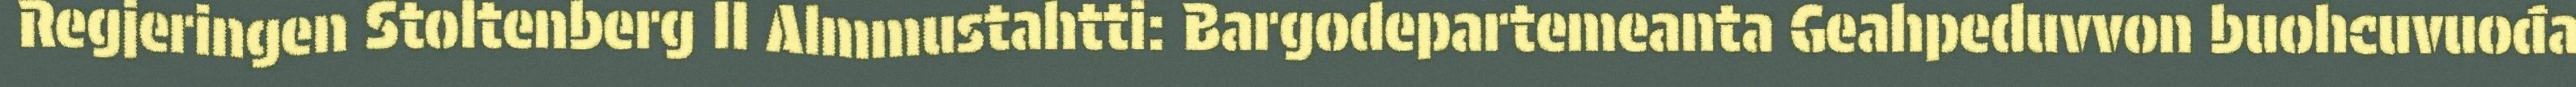
Regjeringen Stoltenberg II Almmustahtti: Bargodepartemeanta Geahpeduvvon buohcuvuođa